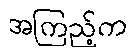
အကြည့်က